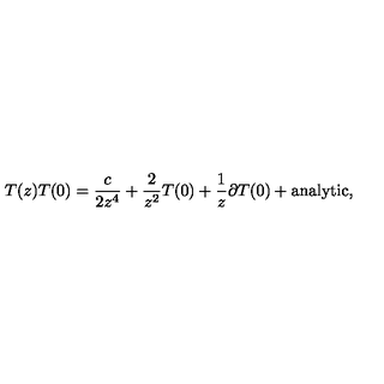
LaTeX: T ( z ) T ( 0 ) = \frac { c } { 2 z ^ { 4 } } + \frac { 2 } { z ^ { 2 } } T ( 0 ) + \frac { 1 } { z } \partial T ( 0 ) + \mathrm { a n a l y t i c } ,